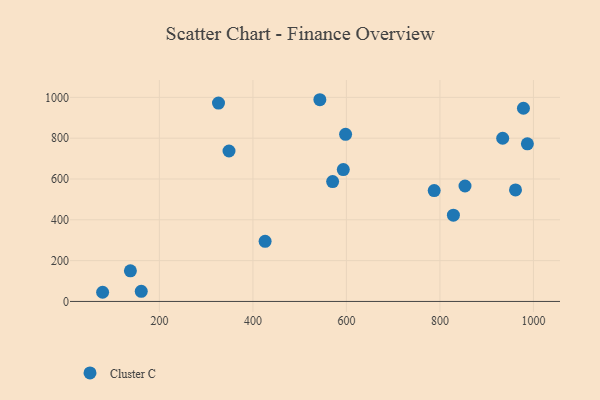
{"axis": {"x": "Price", "y": "Sales"}, "legend": ["Cluster C"], "data": [{"x": "138.0", "y": 149.9, "type": "Cluster C"}, {"x": "570.5", "y": 587.6, "type": "Cluster C"}, {"x": "978.6", "y": 946.8, "type": "Cluster C"}, {"x": "326.4", "y": 972.1, "type": "Cluster C"}, {"x": "598.2", "y": 818.9, "type": "Cluster C"}, {"x": "987.0", "y": 772.4, "type": "Cluster C"}, {"x": "161.2", "y": 49.5, "type": "Cluster C"}, {"x": "593.3", "y": 646.0, "type": "Cluster C"}, {"x": "78.6", "y": 44.9, "type": "Cluster C"}, {"x": "853.6", "y": 565.7, "type": "Cluster C"}, {"x": "787.7", "y": 543.5, "type": "Cluster C"}, {"x": "961.6", "y": 546.3, "type": "Cluster C"}, {"x": "543.2", "y": 988.5, "type": "Cluster C"}, {"x": "426.1", "y": 294.6, "type": "Cluster C"}, {"x": "934.2", "y": 799.6, "type": "Cluster C"}, {"x": "828.8", "y": 422.8, "type": "Cluster C"}, {"x": "348.9", "y": 737.3, "type": "Cluster C"}]}